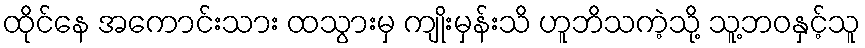
ထိုင်နေ အကောင်းသား ထသွားမှ ကျိုးမှန်းသိ ဟူဘိသကဲ့သို့ သူ့ဘဝနှင့်သူ